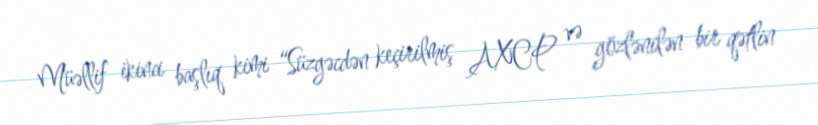
Müəllif ikinci başlıq kimi “Süzgəcdən keçirilmiş AXCP və gözlənilən bir qətlin